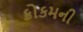
કોકમની